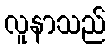
လူနာသည်